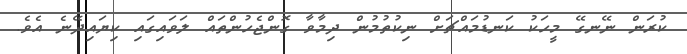
ކުރަން ނޭނގޭ މީހަކު ކަނޑުމައްޗަށް ނިކުތުމުން ދިމާވާ ގޮންޖެހުންތައް ލަވައިގައި ކިޔައިދޭނެ އެވެ.